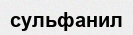
сульфанил